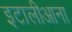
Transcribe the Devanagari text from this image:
इटालीआना